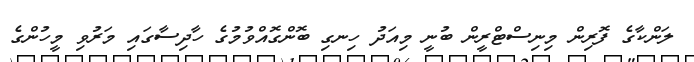
ލަންކާގެ ފޮރިން މިނިސްޓްރީން ބުނީ މިއަދު ހިނގި ބޮންގޮއްވުމުގެ ހާދިސާގައި މަރުވި މީހުންގެ